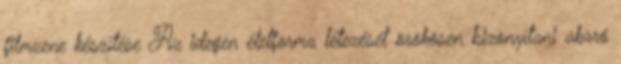
filmzene készítése Az idegen életforma létezését örökösen bizonyítani akaró